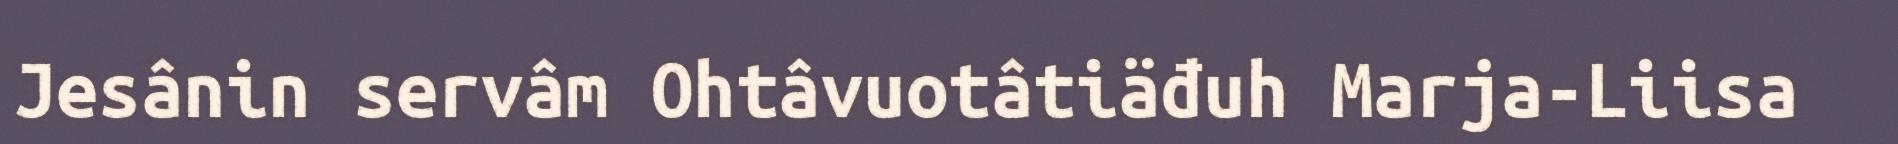
Jesânin servâm Ohtâvuotâtiäđuh Marja-Liisa